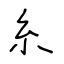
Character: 糸